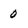
Character: 0